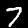
Label: 7